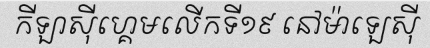
កីឡាស៊ីហ្គេមលើកទី១៩ នៅម៉ាឡេស៊ី